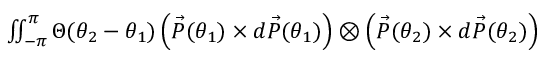
\begin{array} { r } { \iint _ { - \pi } ^ { \pi } \Theta ( \theta _ { 2 } - \theta _ { 1 } ) \left( \vec { P } ( \theta _ { 1 } ) \times d \vec { P } ( \theta _ { 1 } ) \right) \otimes \left( \vec { P } ( \theta _ { 2 } ) \times d \vec { P } ( \theta _ { 2 } ) \right) } \end{array}